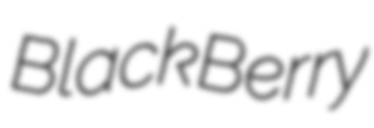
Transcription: BlackBerry